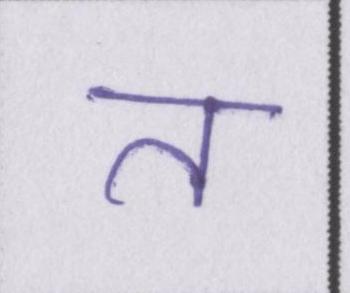
त